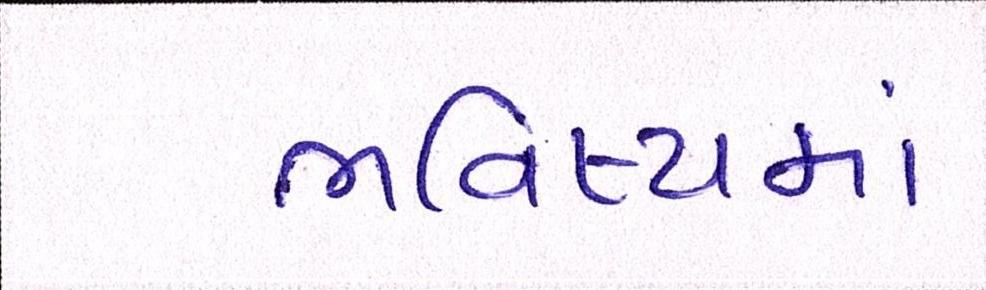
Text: ભવિષ્યમાં